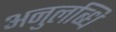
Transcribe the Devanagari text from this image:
अनुलब्धि